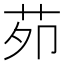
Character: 𦭘